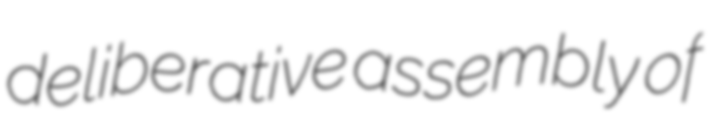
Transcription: deliberative assembly of